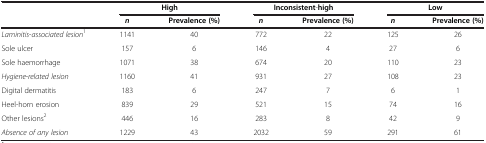
|  | <COLSPAN=2> High | <COLSPAN=2> Inconsistent-high | <COLSPAN=2> Low |
 |  | n | Prevalence (%) | n | Prevalence (%) | n | Prevalence (%) |
 | --- | --- | --- | --- | --- | --- | --- |
 | Laminitis-associated lesion1 | 1141 | 40 | 772 | 22 | 125 | 26 |
 | Sole ulcer | 157 | 6 | 146 | 4 | 27 | 6 |
 | Sole haemorrhage | 1071 | 38 | 674 | 20 | 110 | 23 |
 | Hygiene-related lesion | 1160 | 41 | 931 | 27 | 108 | 23 |
 | Digital dermatitis | 183 | 6 | 247 | 7 | 6 | 1 |
 | Heel-horn erosion | 839 | 29 | 521 | 15 | 74 | 16 |
 | Other lesions2 | 446 | 16 | 283 | 8 | 42 | 9 |
 | Absence of any lesion | 1229 | 43 | 2032 | 59 | 291 | 61 |